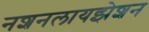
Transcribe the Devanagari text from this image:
नशनलायझेशन